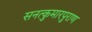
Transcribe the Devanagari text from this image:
सनत्कुमारपुराण